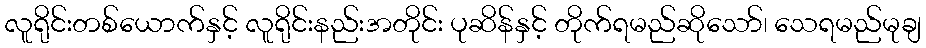
လူရိုင်းတစ်ယောက်နှင့် လူရိုင်းနည်းအတိုင်း ပုဆိန်နှင့် တိုက်ရမည်ဆိုသော်၊ သေရမည်မုချ